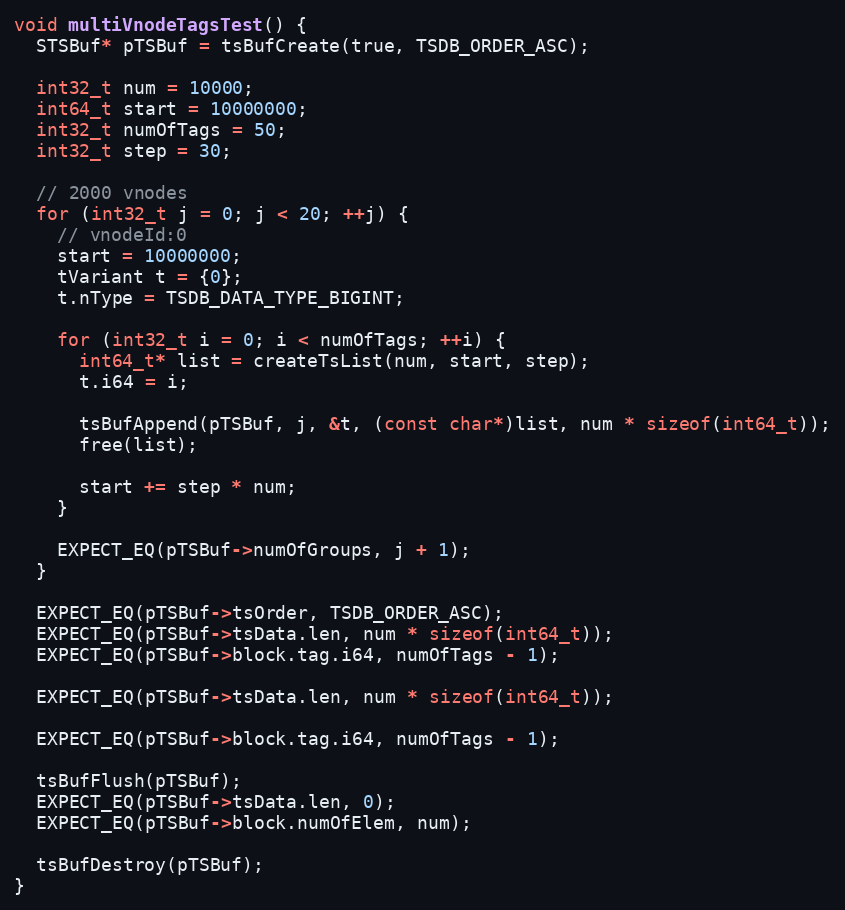
Language: C++
void multiVnodeTagsTest() {
  STSBuf* pTSBuf = tsBufCreate(true, TSDB_ORDER_ASC);

  int32_t num = 10000;
  int64_t start = 10000000;
  int32_t numOfTags = 50;
  int32_t step = 30;

  // 2000 vnodes
  for (int32_t j = 0; j < 20; ++j) {
    // vnodeId:0
    start = 10000000;
    tVariant t = {0};
    t.nType = TSDB_DATA_TYPE_BIGINT;

    for (int32_t i = 0; i < numOfTags; ++i) {
      int64_t* list = createTsList(num, start, step);
      t.i64 = i;

      tsBufAppend(pTSBuf, j, &t, (const char*)list, num * sizeof(int64_t));
      free(list);

      start += step * num;
    }

    EXPECT_EQ(pTSBuf->numOfGroups, j + 1);
  }

  EXPECT_EQ(pTSBuf->tsOrder, TSDB_ORDER_ASC);
  EXPECT_EQ(pTSBuf->tsData.len, num * sizeof(int64_t));
  EXPECT_EQ(pTSBuf->block.tag.i64, numOfTags - 1);

  EXPECT_EQ(pTSBuf->tsData.len, num * sizeof(int64_t));

  EXPECT_EQ(pTSBuf->block.tag.i64, numOfTags - 1);

  tsBufFlush(pTSBuf);
  EXPECT_EQ(pTSBuf->tsData.len, 0);
  EXPECT_EQ(pTSBuf->block.numOfElem, num);

  tsBufDestroy(pTSBuf);
}